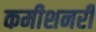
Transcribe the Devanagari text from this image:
कमीशनरी